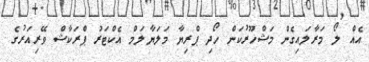
އެއް ލޯ މަރާލައިގެން މަޝްހޫރުކަން ހޯދި ޕްރިޔާ މަލަޔާލަމް އެކްޓަރު ޕްރަކާޝް ވޭރިއަރުގެ